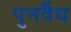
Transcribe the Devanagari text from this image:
पुनर्वैध